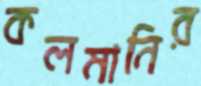
কলমানির